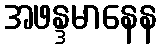
အဖန္ဒမာနေန